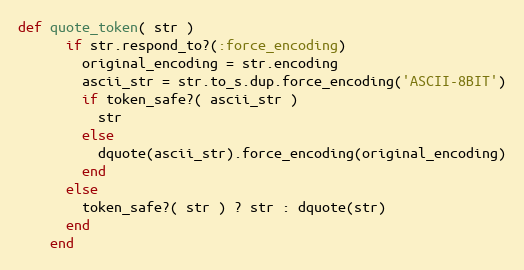
Language: Ruby
def quote_token( str )
      if str.respond_to?(:force_encoding)
        original_encoding = str.encoding
        ascii_str = str.to_s.dup.force_encoding('ASCII-8BIT')
        if token_safe?( ascii_str )
          str
        else
          dquote(ascii_str).force_encoding(original_encoding)
        end
      else
        token_safe?( str ) ? str : dquote(str)
      end
    end